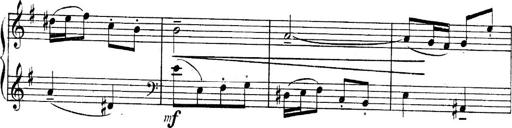
Title: Sonatines
Composer: Hedwige ChrÃ©tien